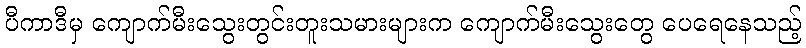
ပီကာဒီမှ ကျောက်မီးသွေးတွင်းတူးသမားများက ကျောက်မီးသွေးတွေ ပေရေနေသည့်